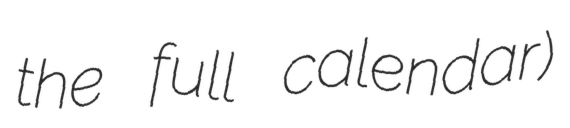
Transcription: the full calendar)